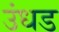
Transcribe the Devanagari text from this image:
उंधड